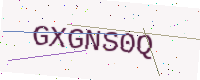
Text: GXGNS0Q